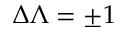
\Delta \Lambda = \pm 1